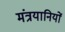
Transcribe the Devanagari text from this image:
मंत्रयानियों